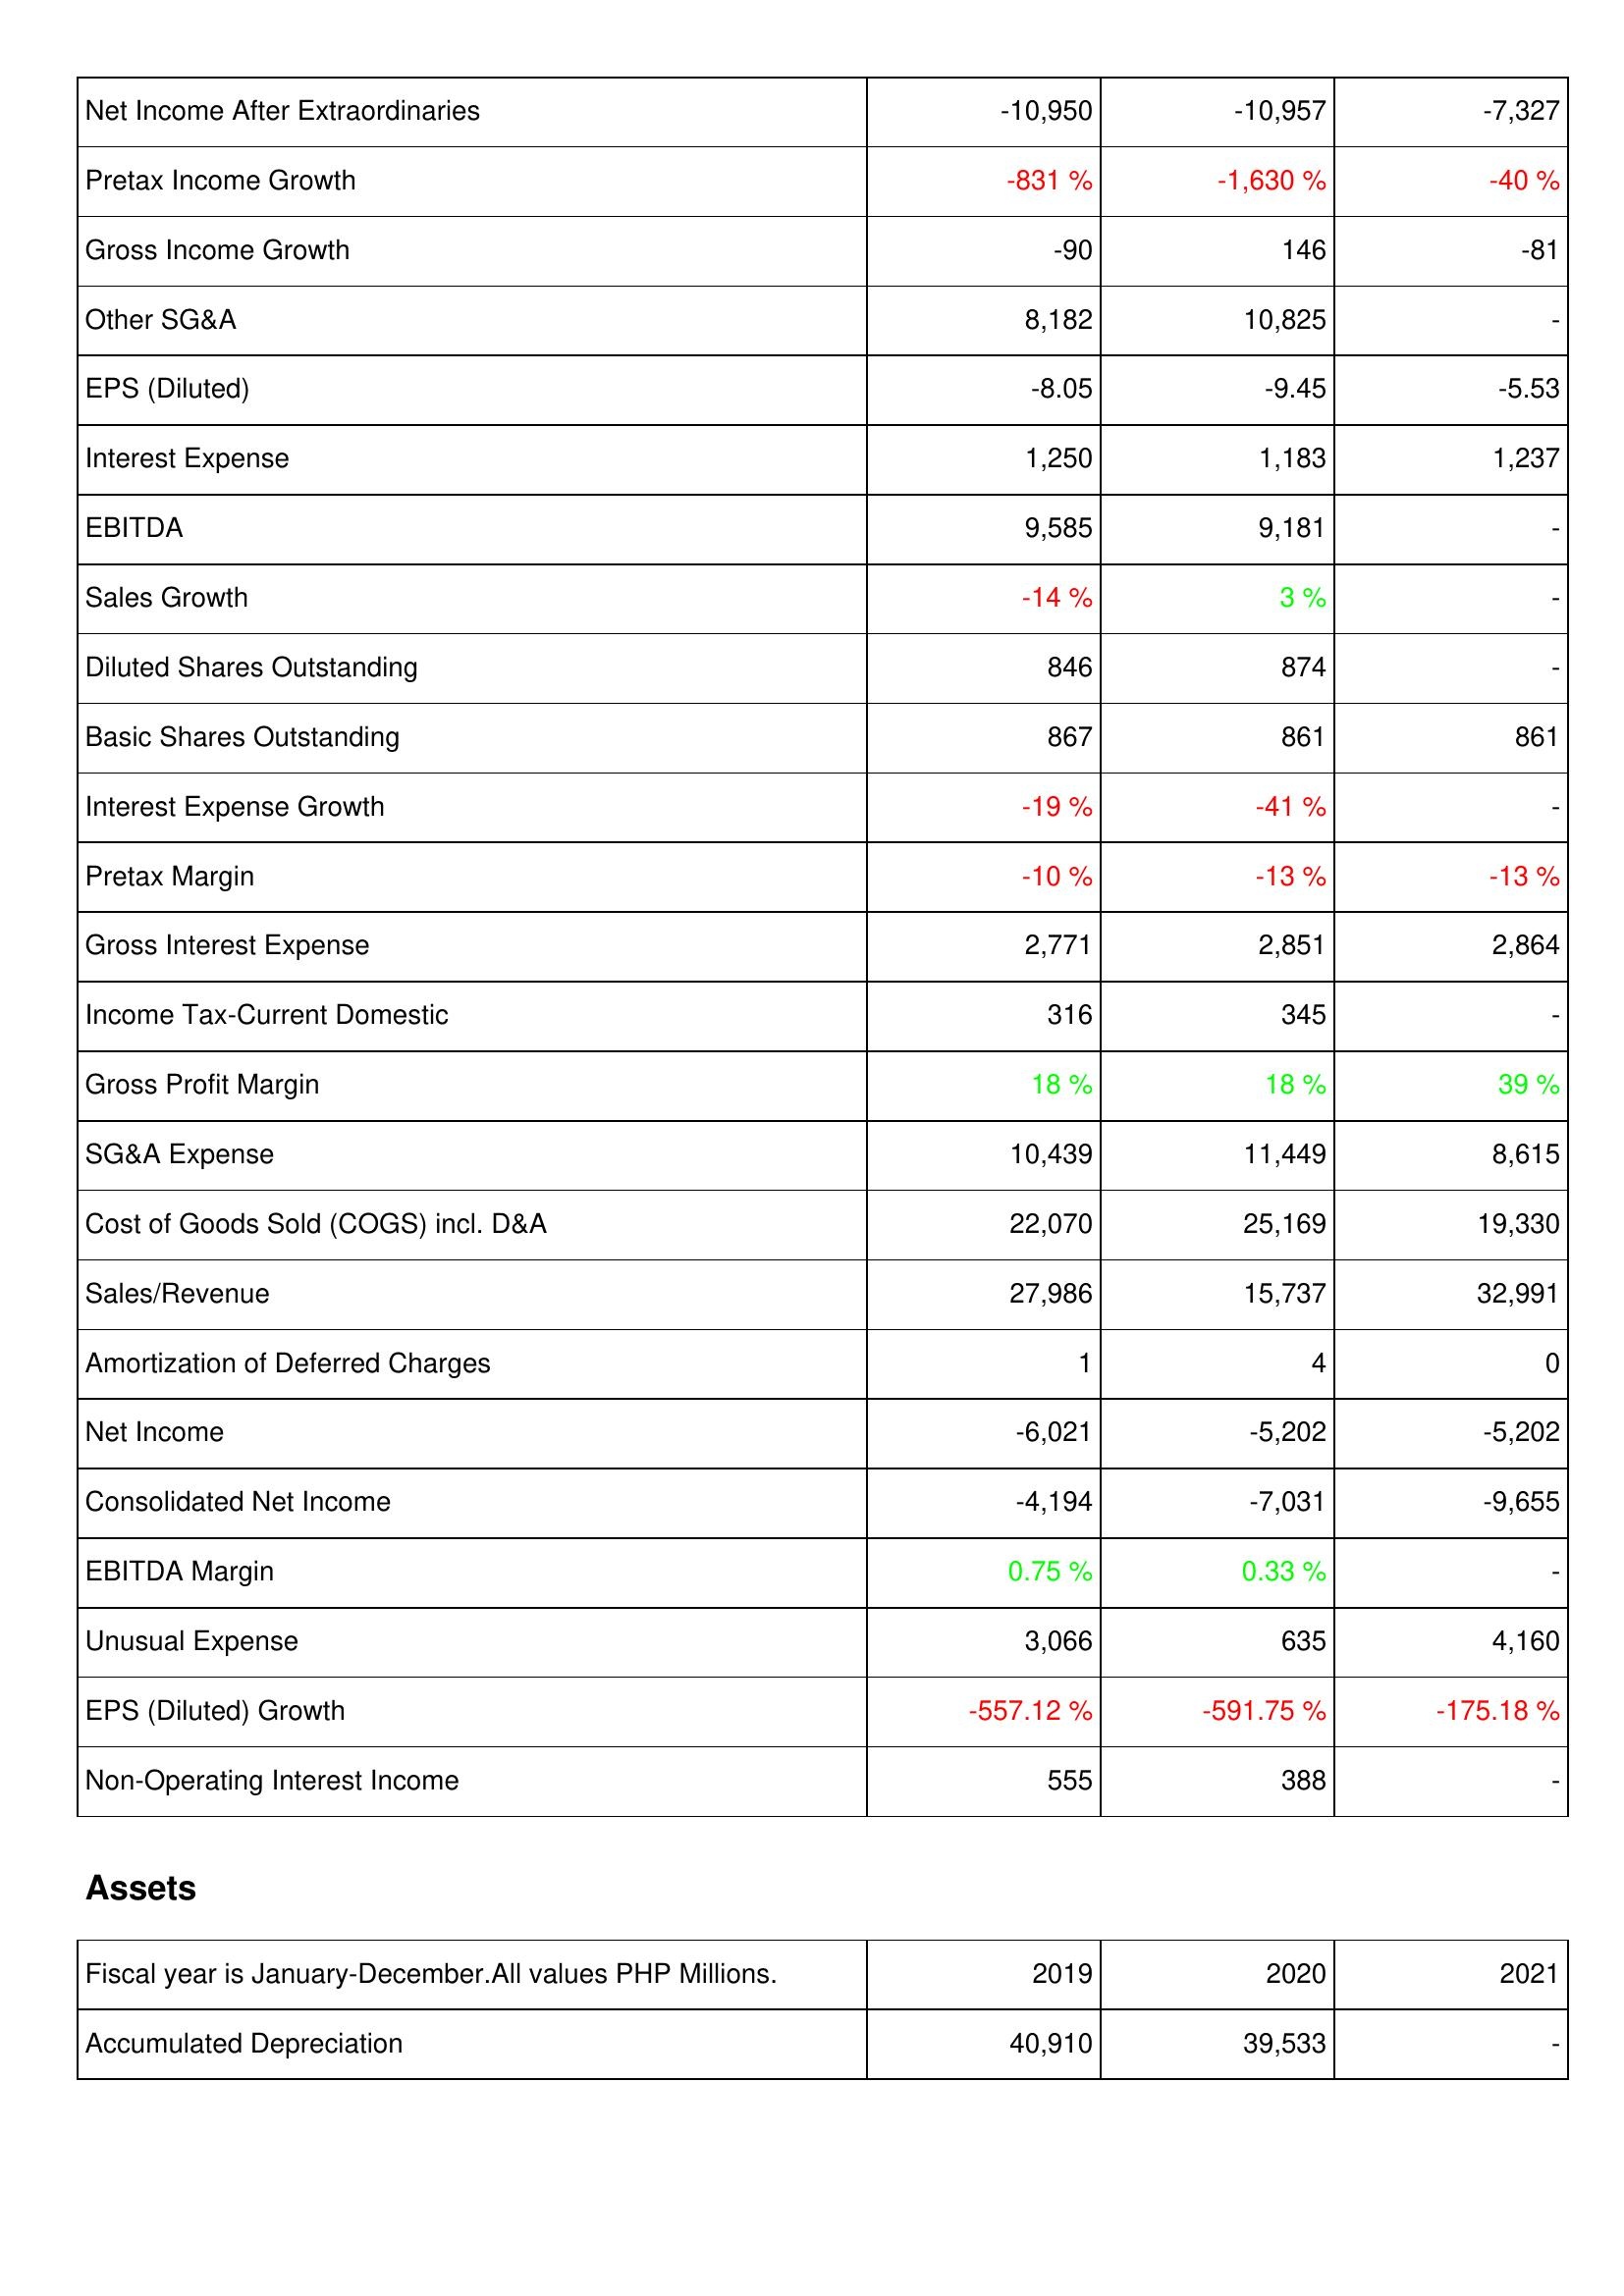
2019: Income Statement: Net Income After Extraordinaries: -10,950
Pretax Income Growth: -831 %
Gross Income Growth: -90
Other SG&A: 8,182
EPS (Diluted): -8.05
Interest Expense: 1,250
EBITDA: 9,585
Sales Growth: -14 %
Diluted Shares Outstanding: 846
Basic Shares Outstanding: 867
Interest Expense Growth: -19 %
Pretax Margin: -10 %
Gross Interest Expense: 2,771
Income Tax-Current Domestic: 316
Gross Profit Margin: 18 %
SG&A Expense: 10,439
Cost of Goods Sold (COGS) incl. D&A: 22,070
Sales/Revenue: 27,986
Amortization of Deferred Charges: 1
Net Income: -6,021
Consolidated Net Income: -4,194
EBITDA Margin: 0.75 %
Unusual Expense: 3,066
EPS (Diluted) Growth: -557.12 %
Non-Operating Interest Income: 555
Assets: Accumulated Depreciation: 40,910
2020: Income Statement: Net Income After Extraordinaries: -10,957
Pretax Income Growth: -1,630 %
Gross Income Growth: 146
Other SG&A: 10,825
EPS (Diluted): -9.45
Interest Expense: 1,183
EBITDA: 9,181
Sales Growth: 3 %
Diluted Shares Outstanding: 874
Basic Shares Outstanding: 861
Interest Expense Growth: -41 %
Pretax Margin: -13 %
Gross Interest Expense: 2,851
Income Tax-Current Domestic: 345
Gross Profit Margin: 18 %
SG&A Expense: 11,449
Cost of Goods Sold (COGS) incl. D&A: 25,169
Sales/Revenue: 15,737
Amortization of Deferred Charges: 4
Net Income: -5,202
Consolidated Net Income: -7,031
EBITDA Margin: 0.33 %
Unusual Expense: 635
EPS (Diluted) Growth: -591.75 %
Non-Operating Interest Income: 388
Assets: Accumulated Depreciation: 39,533
2021: Income Statement: Net Income After Extraordinaries: -7,327
Pretax Income Growth: -40 %
Gross Income Growth: -81
Other SG&A: -
EPS (Diluted): -5.53
Interest Expense: 1,237
EBITDA: -
Sales Growth: -
Diluted Shares Outstanding: -
Basic Shares Outstanding: 861
Interest Expense Growth: -
Pretax Margin: -13 %
Gross Interest Expense: 2,864
Income Tax-Current Domestic: -
Gross Profit Margin: 39 %
SG&A Expense: 8,615
Cost of Goods Sold (COGS) incl. D&A: 19,330
Sales/Revenue: 32,991
Amortization of Deferred Charges: 0
Net Income: -5,202
Consolidated Net Income: -9,655
EBITDA Margin: -
Unusual Expense: 4,160
EPS (Diluted) Growth: -175.18 %
Non-Operating Interest Income: -
Assets: Accumulated Depreciation: -